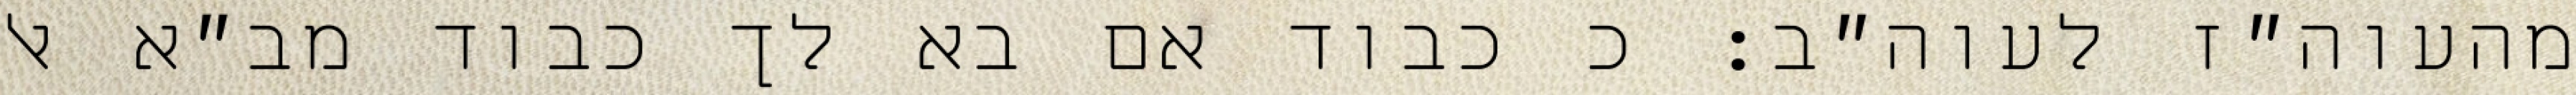
מהעוה״ז לעוה״ב: כ כבוד אם בא לך כבוד מב״א אל